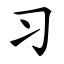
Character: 习